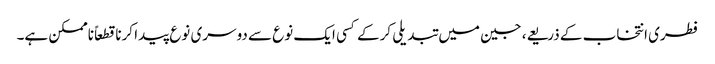
فطری انتخاب کے ذریعے، جین میں تبدیلی کرکے کسی ایک نوع سے دوسری نوع پیدا کرنا قطعاً ناممکن ہے۔